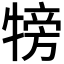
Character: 𤚰